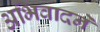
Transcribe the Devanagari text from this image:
अभिवादने